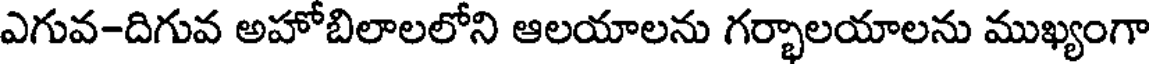
ఎగువ-దిగువ అహోబిలాలలోని ఆలయాలను గర్భాలయాలను ముఖ్యంగా